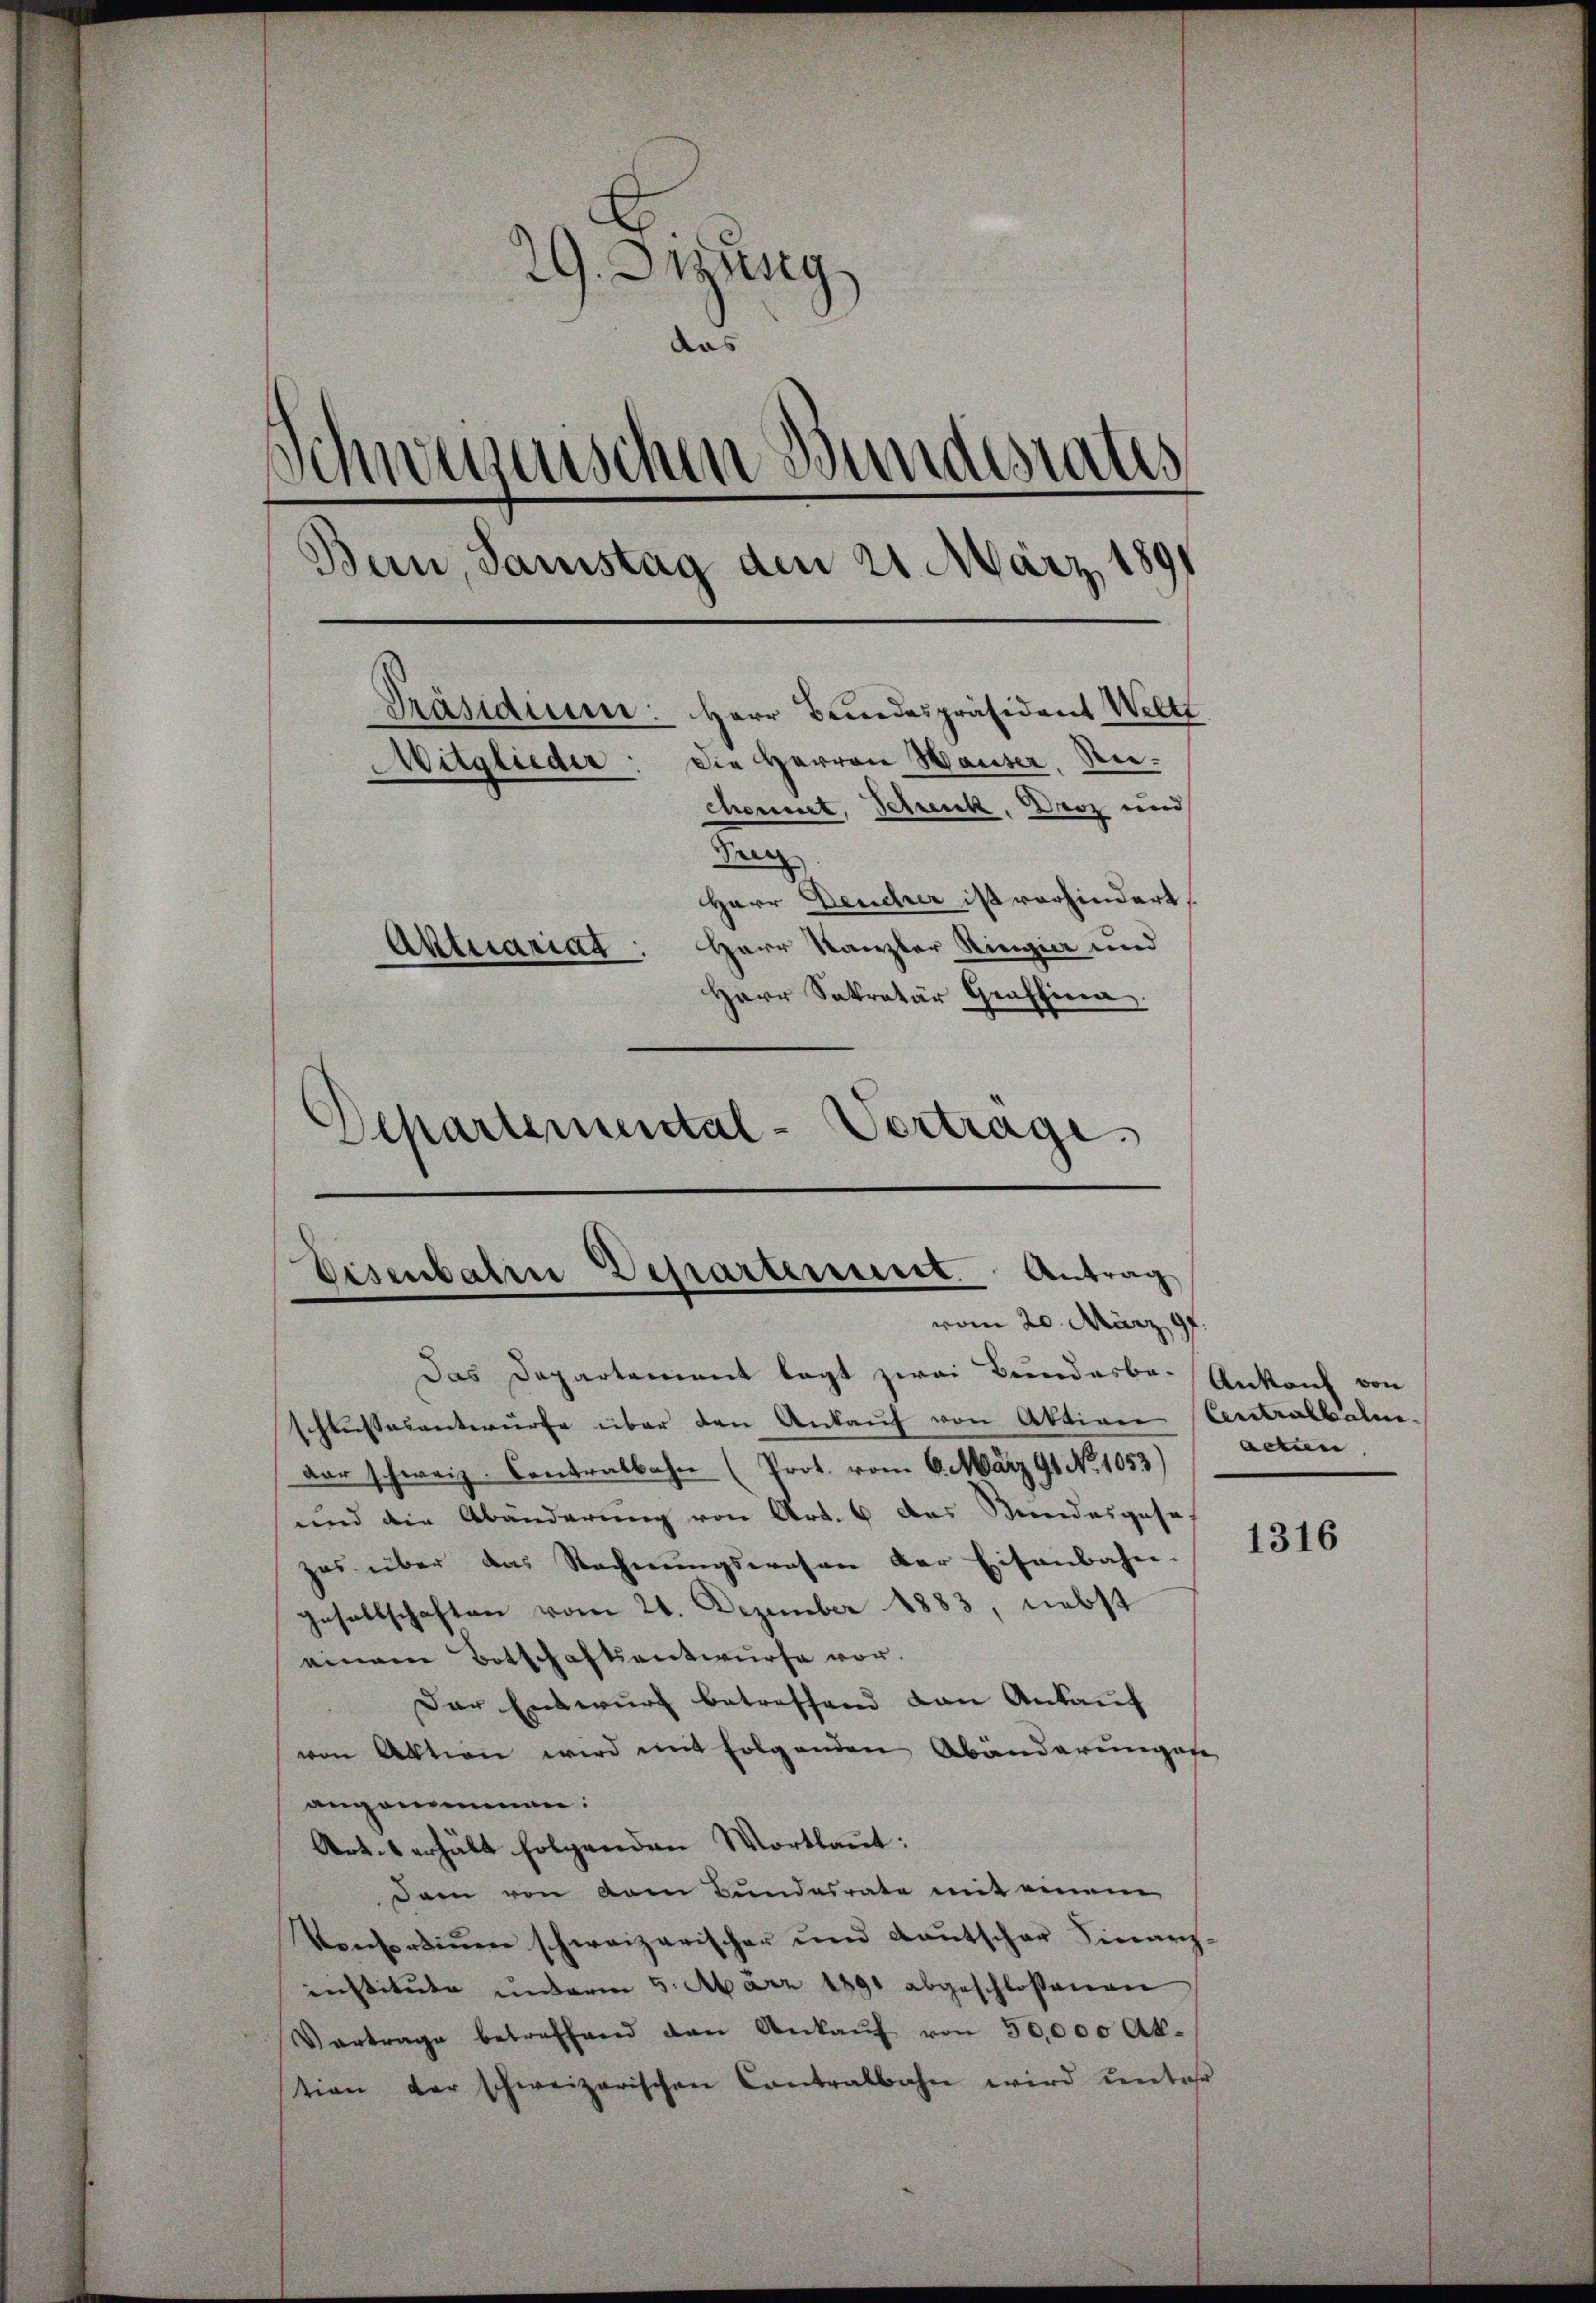
29. Ausg
das
Schweizerischen Bundesrates
Bern, Samstag den 21. März 1891
Präsidium: Herr Bundespräsident Weltt
Mitglieder: Die Herren Hauser, Reicheunet, Schenk, Droz und
n
Herr Deucher ist vorhindert,
Aktuariat. Herr Kanzler Ringier und
Herr Sekretär Graffina
Departemental-Vortrage

Eisenbalin Departement. Antrag
vom 20. März 191

Das Departement legt zwei Bundesbe-Ankauf von
schlussesentwürfe über den Ankauf von Aktion Centralbalm
der schweiz. Contralbahn (Prot. vom 6. März 91 No 1053)
und die Abänderung von Art. 6 das Bundesgeseh
zes über das Rechnungswesen der Eisenbahn-
Gesellschaften vom 21. Dezember 1883, nebst
einem Botschaftsentwurfe vor.
Der Entwurf betreffend von Ankauf
von Aktion wird mit folgenden Abänderungese
angenommen.
Art. 1 erhält folgenden Wortlaut:
dem von vom Bundesrate mit einem
Vensriṅen schweizerischer und Kaŭtscher Finanz
institute unterm 5. März 1891 abgeschlossenen
Vortrage betreffend den Ankaŭf von 50,000 Ak-
tion der schweizerischen Contralbahn wird unter

acten.

1316